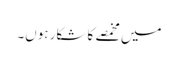
میں مخمصے کا شکار ہوں۔